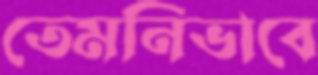
তেমনিভাবে